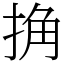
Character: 捔